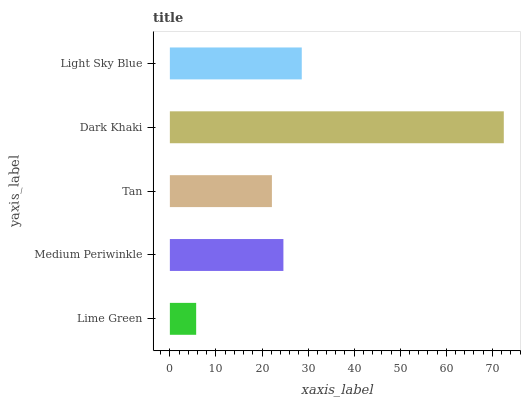
| yaxis_label | bars |
 | --- | --- |
 | Lime Green | 5.71 |
 | Medium Periwinkle | 24.6 |
 | Tan | 22.1 |
 | Dark Khaki | 72.5 |
 | Light Sky Blue | 28.6 |